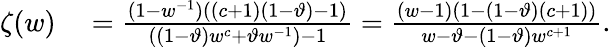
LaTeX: \begin{array}{rl}{\zeta(w)}&{{}=\frac{(1-w^{-1})((c+1)(1-\vartheta)-1)}{((1-\vartheta)w^{c}+\vartheta w^{-1})-1}=\frac{(w-1)(1-(1-\vartheta)(c+1))}{w-\vartheta-(1-\vartheta)w^{c+1}}.}\end{array}